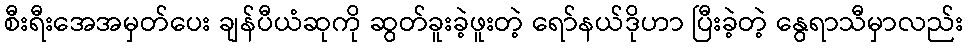
စီးရီးအေအမှတ်ပေး ချန်ပီယံဆုကို ဆွတ်ခူးခဲ့ဖူးတဲ့ ရော်နယ်ဒိုဟာ ပြီးခဲ့တဲ့ နွေရာသီမှာလည်း